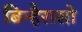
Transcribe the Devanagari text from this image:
बिन्हैरासो